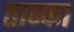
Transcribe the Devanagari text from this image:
तान्का